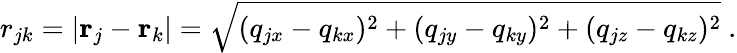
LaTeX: r_{jk}=|\mathbf{r}_{j}-\mathbf{r}_{k}|=\sqrt{(q_{jx}-q_{kx})^{2}+(q_{jy}-q_{ky})^{2}+(q_{jz}-q_{kz})^{2}}~.